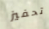
تحفيز